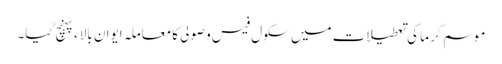
موسم گرما کی تعطیلات میں سکول فیس وصولی کامعاملہ ایوان بالاء پہنچ گیا۔